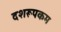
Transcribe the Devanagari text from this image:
दशरूपकम